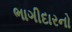
ભાગીદારનો